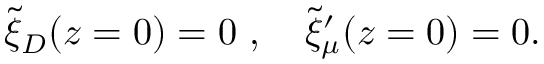
{ \widetilde \xi } _ { D } ( z = 0 ) = 0 ~ , ~ ~ ~ { \widetilde \xi } _ { \mu } ^ { \prime } ( z = 0 ) = 0 .